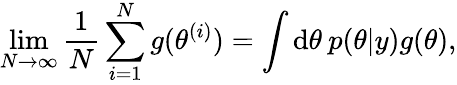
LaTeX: \operatorname*{lim}_{N\rightarrow\infty}\frac{1}{N}\sum_{i=1}^{N}g(\theta^{(i)})=\int\mathrm{d}\theta\: p(\theta|y)g(\theta),